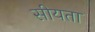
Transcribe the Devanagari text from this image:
सीयता